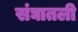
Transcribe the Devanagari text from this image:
संघातली